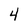
Character: 4